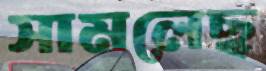
সামলেছ